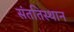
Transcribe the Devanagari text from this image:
संततिस्थान